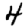
Digit: 4